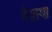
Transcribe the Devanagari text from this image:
है।तथा